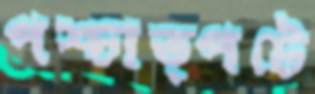
পশ্চাত্পটে